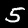
Label: 5